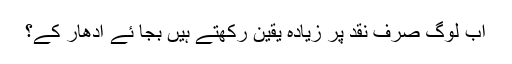
اب لوگ صرف نقد پر زیادہ یقین رکھتے ہیں بجا ئے ادھار کے؟